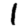
Digit: 1